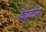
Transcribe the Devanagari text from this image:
वैद्युकीय